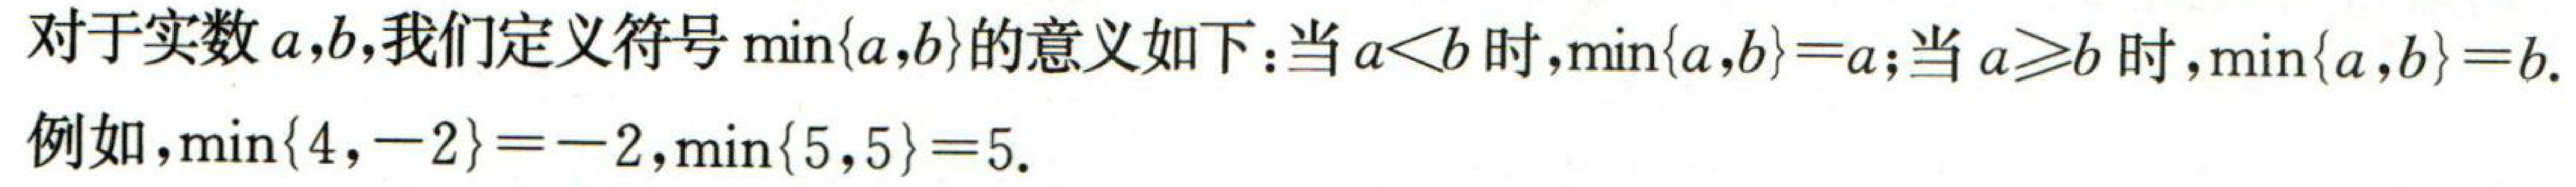
对于实数\(a,b\)，我们定义符号\(\min\{a,b\}\)的意义如下：当\(a < b\)时，\(\min\{a,b\}=a\)；当\(a\geq b\)时，\(\min\{a,b\}=b\)。

例如，\(\min\{4, - 2\}=-2\)，\(\min\{5,5\}=5\)。